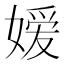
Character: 嫒